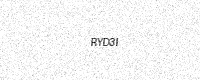
Text: RYD3I